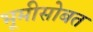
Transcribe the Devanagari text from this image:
भूमीसोबत